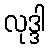
လုဒ္ဒါ